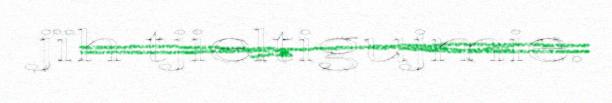
jïh tjieltigujmie.